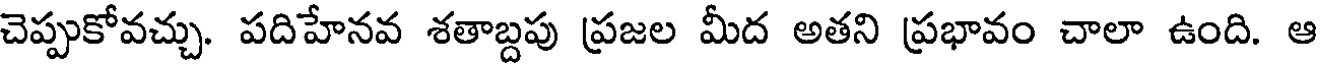
చెప్పుకోవచ్చు. పదిహేనవ శతాబ్దపు ప్రజల మీద అతని ప్రభావం చాలా ఉంది. ఆ